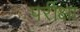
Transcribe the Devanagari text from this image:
पर्रीक्षा